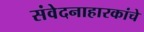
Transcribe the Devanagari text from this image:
संवेदनाहारकांचे